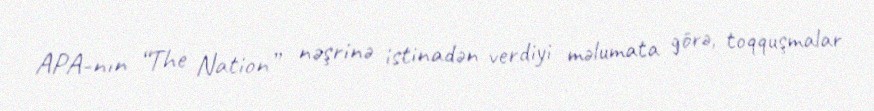
APA-nın “The Nation” nəşrinə istinadən verdiyi məlumata görə, toqquşmalar